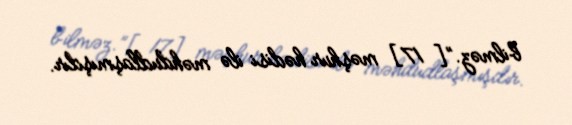
bilməz.”[17] məşhur hədisi ilə məhdudlaşmışdır.